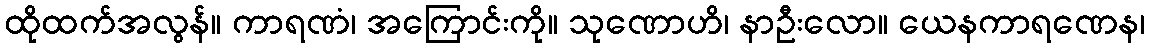
ထိုထက်အလွန်။ ကာရဏံ၊ အကြောင်းကို။ သုဏောဟိ၊ နာဦးလော။ ယေနကာရဏေန၊